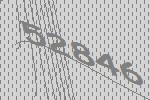
52846